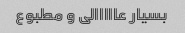
بسیار عااااالی و مطبوع